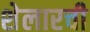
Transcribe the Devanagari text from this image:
शेलारची